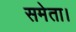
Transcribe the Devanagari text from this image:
समेता।